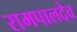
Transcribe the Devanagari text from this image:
रामपालदेव